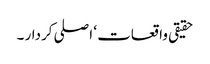
حقیقی واقعات ‘ اصلی کردار ۔